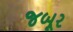
જબૂર